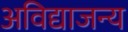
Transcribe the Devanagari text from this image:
अविद्याजन्य